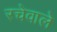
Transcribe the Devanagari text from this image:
रचेवाले